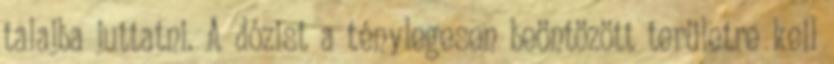
talajba juttatni. A dózist a ténylegesen beöntözött területre kell